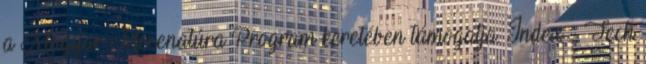
a Magyar Mecenatúra Program keretében támogatja. Index - Tech